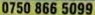
0750 866 5099